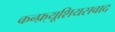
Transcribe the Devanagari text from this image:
कन्फ़्यूशियसवाद